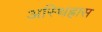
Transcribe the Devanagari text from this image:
अस्थिह्रास